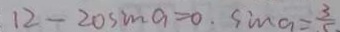
1 2 - 2 0 \sin a = 0 . \sin a = \frac { 3 } { 5 } .